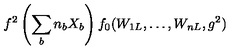
f ^ { 2 } \left( \sum _ { b } n _ { b } X _ { b } \right) f _ { 0 } ( W _ { 1 L } , \ldots , W _ { n L } , g ^ { 2 } )